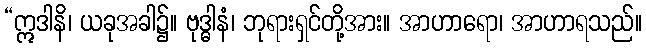
“ဣဒါနိ၊ ယခုအခါ၌။ ဗုဒ္ဓါနံ၊ ဘုရားရှင်တို့အား။ အာဟာရော၊ အာဟာရသည်။